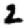
Digit: 2